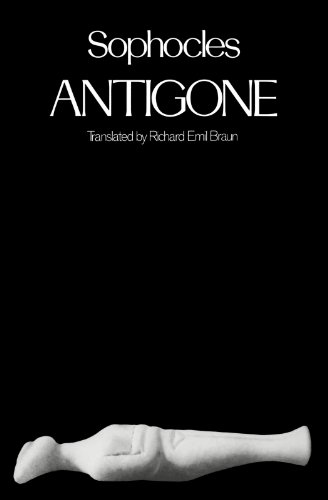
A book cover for Antigone (Greek Tragedy in New Translations); Sophocles; Literature & Fiction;